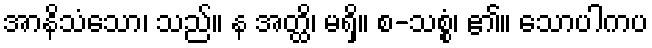
အာနိသံသော၊ သည်။ န အတ္ထိ၊ မရှိ။ စ-သစ္စံ၊ ၏။ သောပါကပ